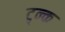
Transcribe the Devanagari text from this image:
ट्र्न्क